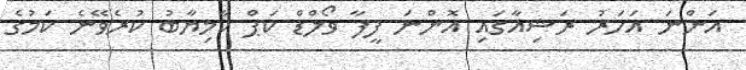
އަންނަ އަހަރު ރަޝިއާގައި އޮންނަ ފީފާ ވޯލްޑް ކަޕް ކާމިޔާބު ކުރެވޭނެ ކަމުގެ